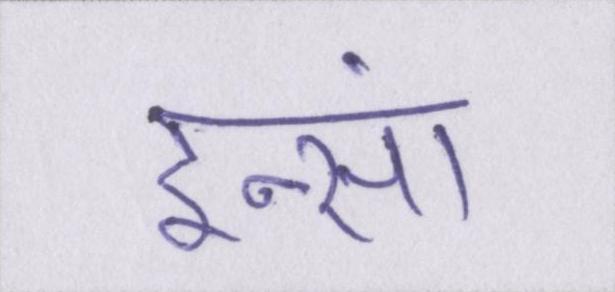
इन्सां